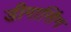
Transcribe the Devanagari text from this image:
डीगासिंग